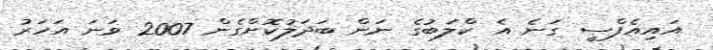
އައިއެފްސީ ގަނެ އެ ކްލަބުގެ ނަން ބަދަލުކޮށްގެން 2007 ވަނަ އަހަރު